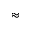
\approx